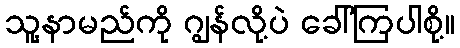
သူ့နာမည်ကို ဂျွန်လို့ပဲ ခေါ်ကြပါစို့။